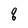
Character: q